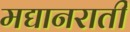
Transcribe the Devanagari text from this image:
मद्यानराती